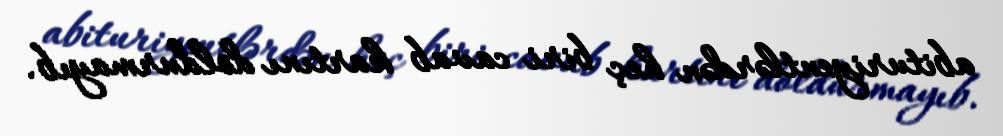
abituriyentlərdən heç biri cavab kartını doldurmayıb.